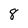
Character: 8